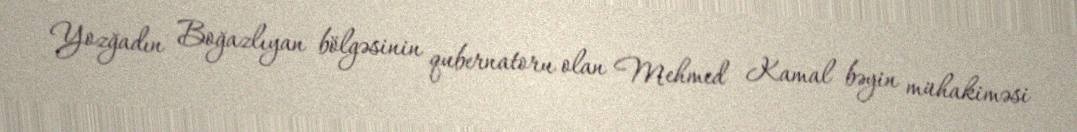
Yozğadın Boğazlıyan bölgəsinin qubernatoru olan Mehmed Kamal bəyin mühakiməsi